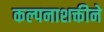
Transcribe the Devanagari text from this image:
कल्पनाशक्तीने